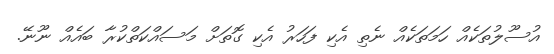
އުސޫލުތަކެއް ހަމަތަކެއް ނެތި އެކި ފަހަރު އެކި ގޮތަށް މަސައްކަތްކުރާ ބައެއް ނޫނޭ.